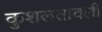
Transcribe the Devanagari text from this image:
कुशलतावली